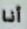
أنا